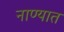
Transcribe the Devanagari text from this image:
नाण्यात